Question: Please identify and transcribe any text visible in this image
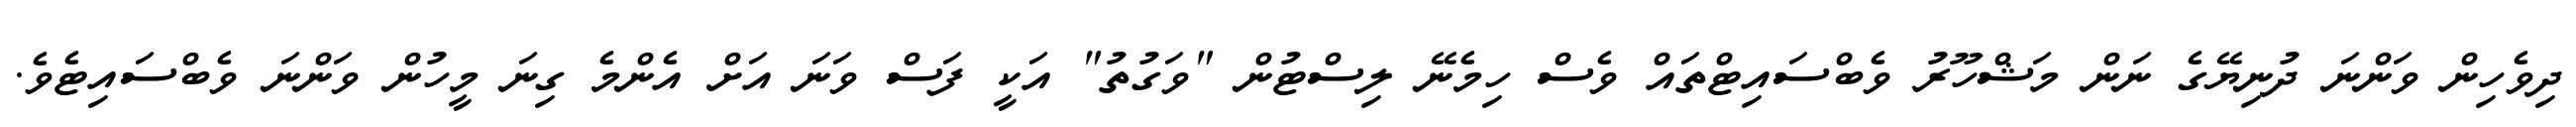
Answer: ދިވެހިން ވަންނަ ދުނިޔޭގެ ނަން މަޝްހޫރު ވެބްސައިޓްތައް ވެސް ހިމެނޭ ލިސްޓުން "ވަގުތު" އަކީ ފަސް ވަނަ އަށް އެންމެ ގިނަ މީހުން ވަންނަ ވެބްސައިޓެވެ.